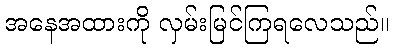
အနေအထားကို လှမ်းမြင်ကြရလေသည်။